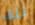
تلك